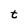
Character: t